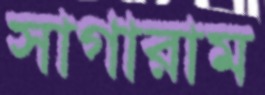
সাগারাম